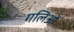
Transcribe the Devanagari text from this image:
गलिओं